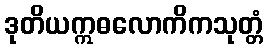
ဒုတိယဣဓလောကိကသုတ္တံ